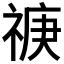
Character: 𥚏